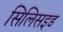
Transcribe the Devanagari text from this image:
सिलिसइड